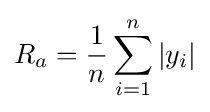
R_{a}={\frac {1}{n}}\sum _{i=1}^{n}\left|y_{i}\right|